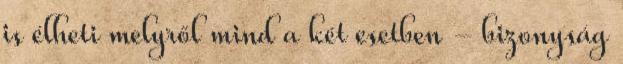
is élheti melyről mind a két esetben - bizonyság